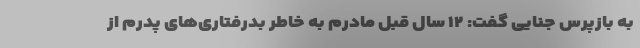
به بازپرس جنایی گفت: ۱۲ سال قبل مادرم به خاطر بدرفتاری‌های پدرم از